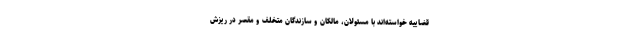
قضاییه خواسته‌اند با مسئولان، مالکان و سازندگان متخلف و مقصر در ریزش